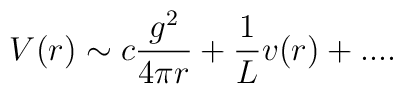
V(r) \sim c \frac{g^2}{4\pi r} + \frac{1}{L} v(r)+....